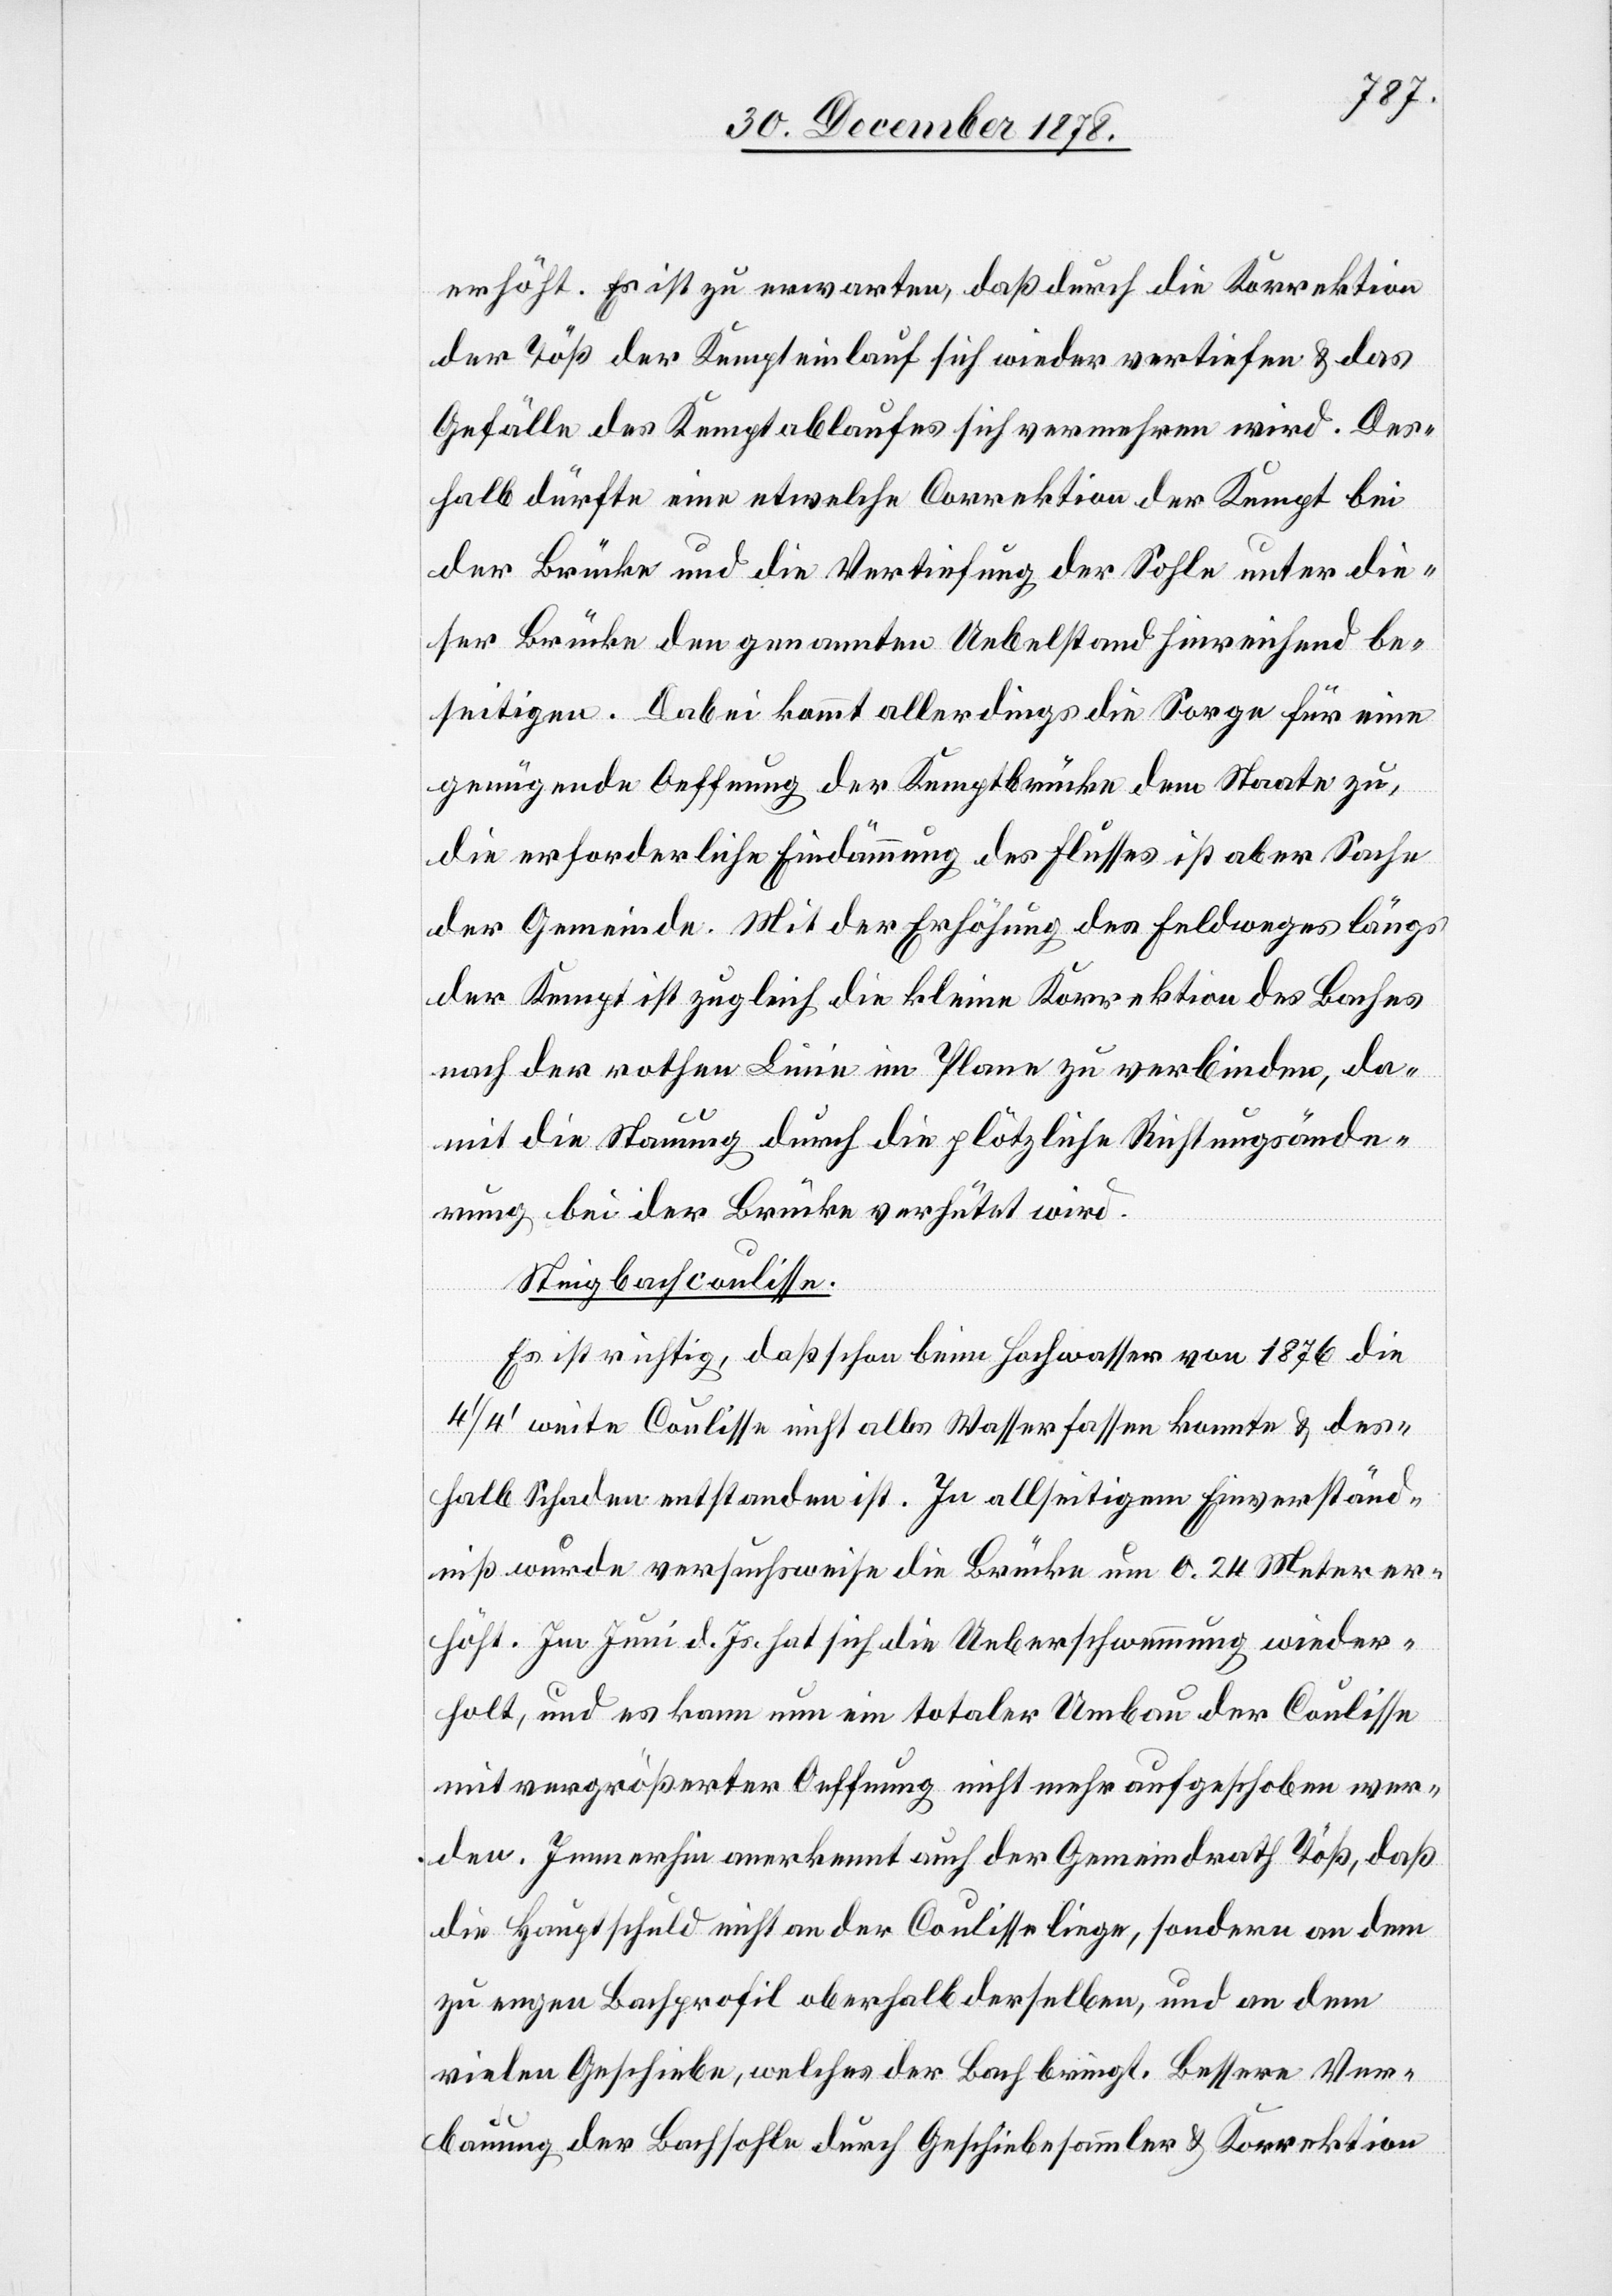
erhöht. Es ist zu erwarten, daß durch die Korrektion
der Töß der Kempteinlauf sich wieder vertiefen & das
Gefälle des Kemptablaufes sich vermehren wird. Des¬
halb dürfte eine etwelche Correktion der Kempt bei
der Brücke und die Vertiefung der Sohle unter die¬
ser Brücke den genannten Uebelstand hinreichend be¬
seitigen. Dabei kommt allerdings die Sorge für eine
genügende Oeffnung der Kemptbrücke dem Staate zu,
die erforderliche Eindämmung des Flusses ist aber Sache
der Gemeinde. Mit der Erhöhung des Feldweges längs
der Kempt ist zugleich die kleine Korrektion des Baches
nach der rothen Linie im Plane zu verbinden, da¬
mit die Stauung durch die plötzliche Richtungsände¬
rung bei der Brücke verhütet wird.
Steigbachcoulisse.
Es ist richtig, daß schon beim Hochwasser von 1876 die
1/4’ weite Coulisse nicht alles Wasser fassen konnte & des¬
halb Schaden entstanden ist. In allseitigem Einverständ¬
niß wurde versuchsweise die Brücke um 0,24 Meter er¬
höht. Im Juni d. Js. hat sich die Ueberschwemmung wieder¬
holt, und es kann nun ein totaler Umbau der Coulisse
mit vergrößerter Oeffnung nicht mehr aufgehoben wer¬
den. Immerhin anerkennt auch der Gemeindrath Töß, daß
die Hauptschuld nicht an der Coulisse liege, sondern an dem
zu engen Bachprofil oberhalb derselben, und an dem
vielen Geschiebe, welches der Bach bringt. Bessere Ver¬
bauung der Bachsohle durch Geschiebesammler & Korrektion